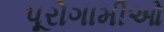
પૂરોગામીઓ